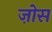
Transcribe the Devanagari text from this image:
ज़ोस